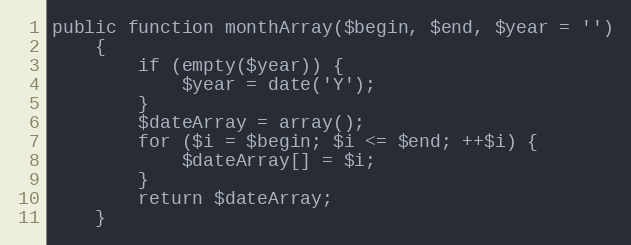
Language: PHP
public function monthArray($begin, $end, $year = '')
    {
        if (empty($year)) {
            $year = date('Y');
        }
        $dateArray = array();
        for ($i = $begin; $i <= $end; ++$i) {
            $dateArray[] = $i;
        }
        return $dateArray;
    }